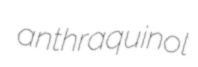
anthraquinol